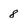
Character: 8